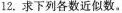
12.求下列各数近似数。